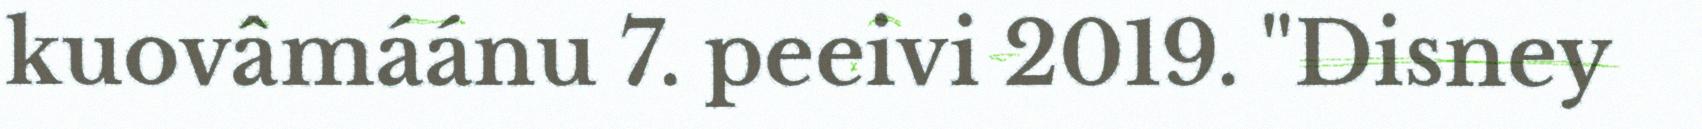
kuovâmáánu 7. peeivi 2019. "Disney